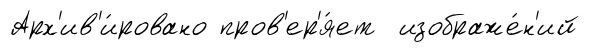
Арх'ив'и́ровано пров'ер'я́ет изображе́н'ий